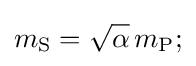
m_{\text{S}}={\sqrt {\alpha }}\,m_{\text{P}};